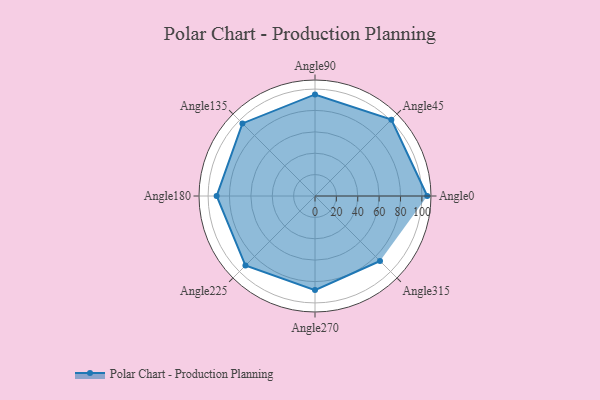
{"axis": {"x": "Angle", "y": "Radius"}, "legend": [""], "data": [{"x": "Angle0", "y": 105.0, "type": ""}, {"x": "Angle45", "y": 101.0, "type": ""}, {"x": "Angle90", "y": 95.0, "type": ""}, {"x": "Angle135", "y": 96.0, "type": ""}, {"x": "Angle180", "y": 92.0, "type": ""}, {"x": "Angle225", "y": 92.0, "type": ""}, {"x": "Angle270", "y": 88.0, "type": ""}, {"x": "Angle315", "y": 86.0, "type": ""}]}